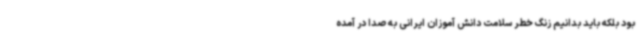
بود بلکه باید بدانیم زنگ خطر سلامت دانش آموزان ایرانی به صدا در آمده